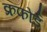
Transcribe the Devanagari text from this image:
क्रफोर्ड